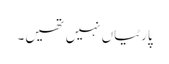
پارٹیاں نہیں تھیں۔